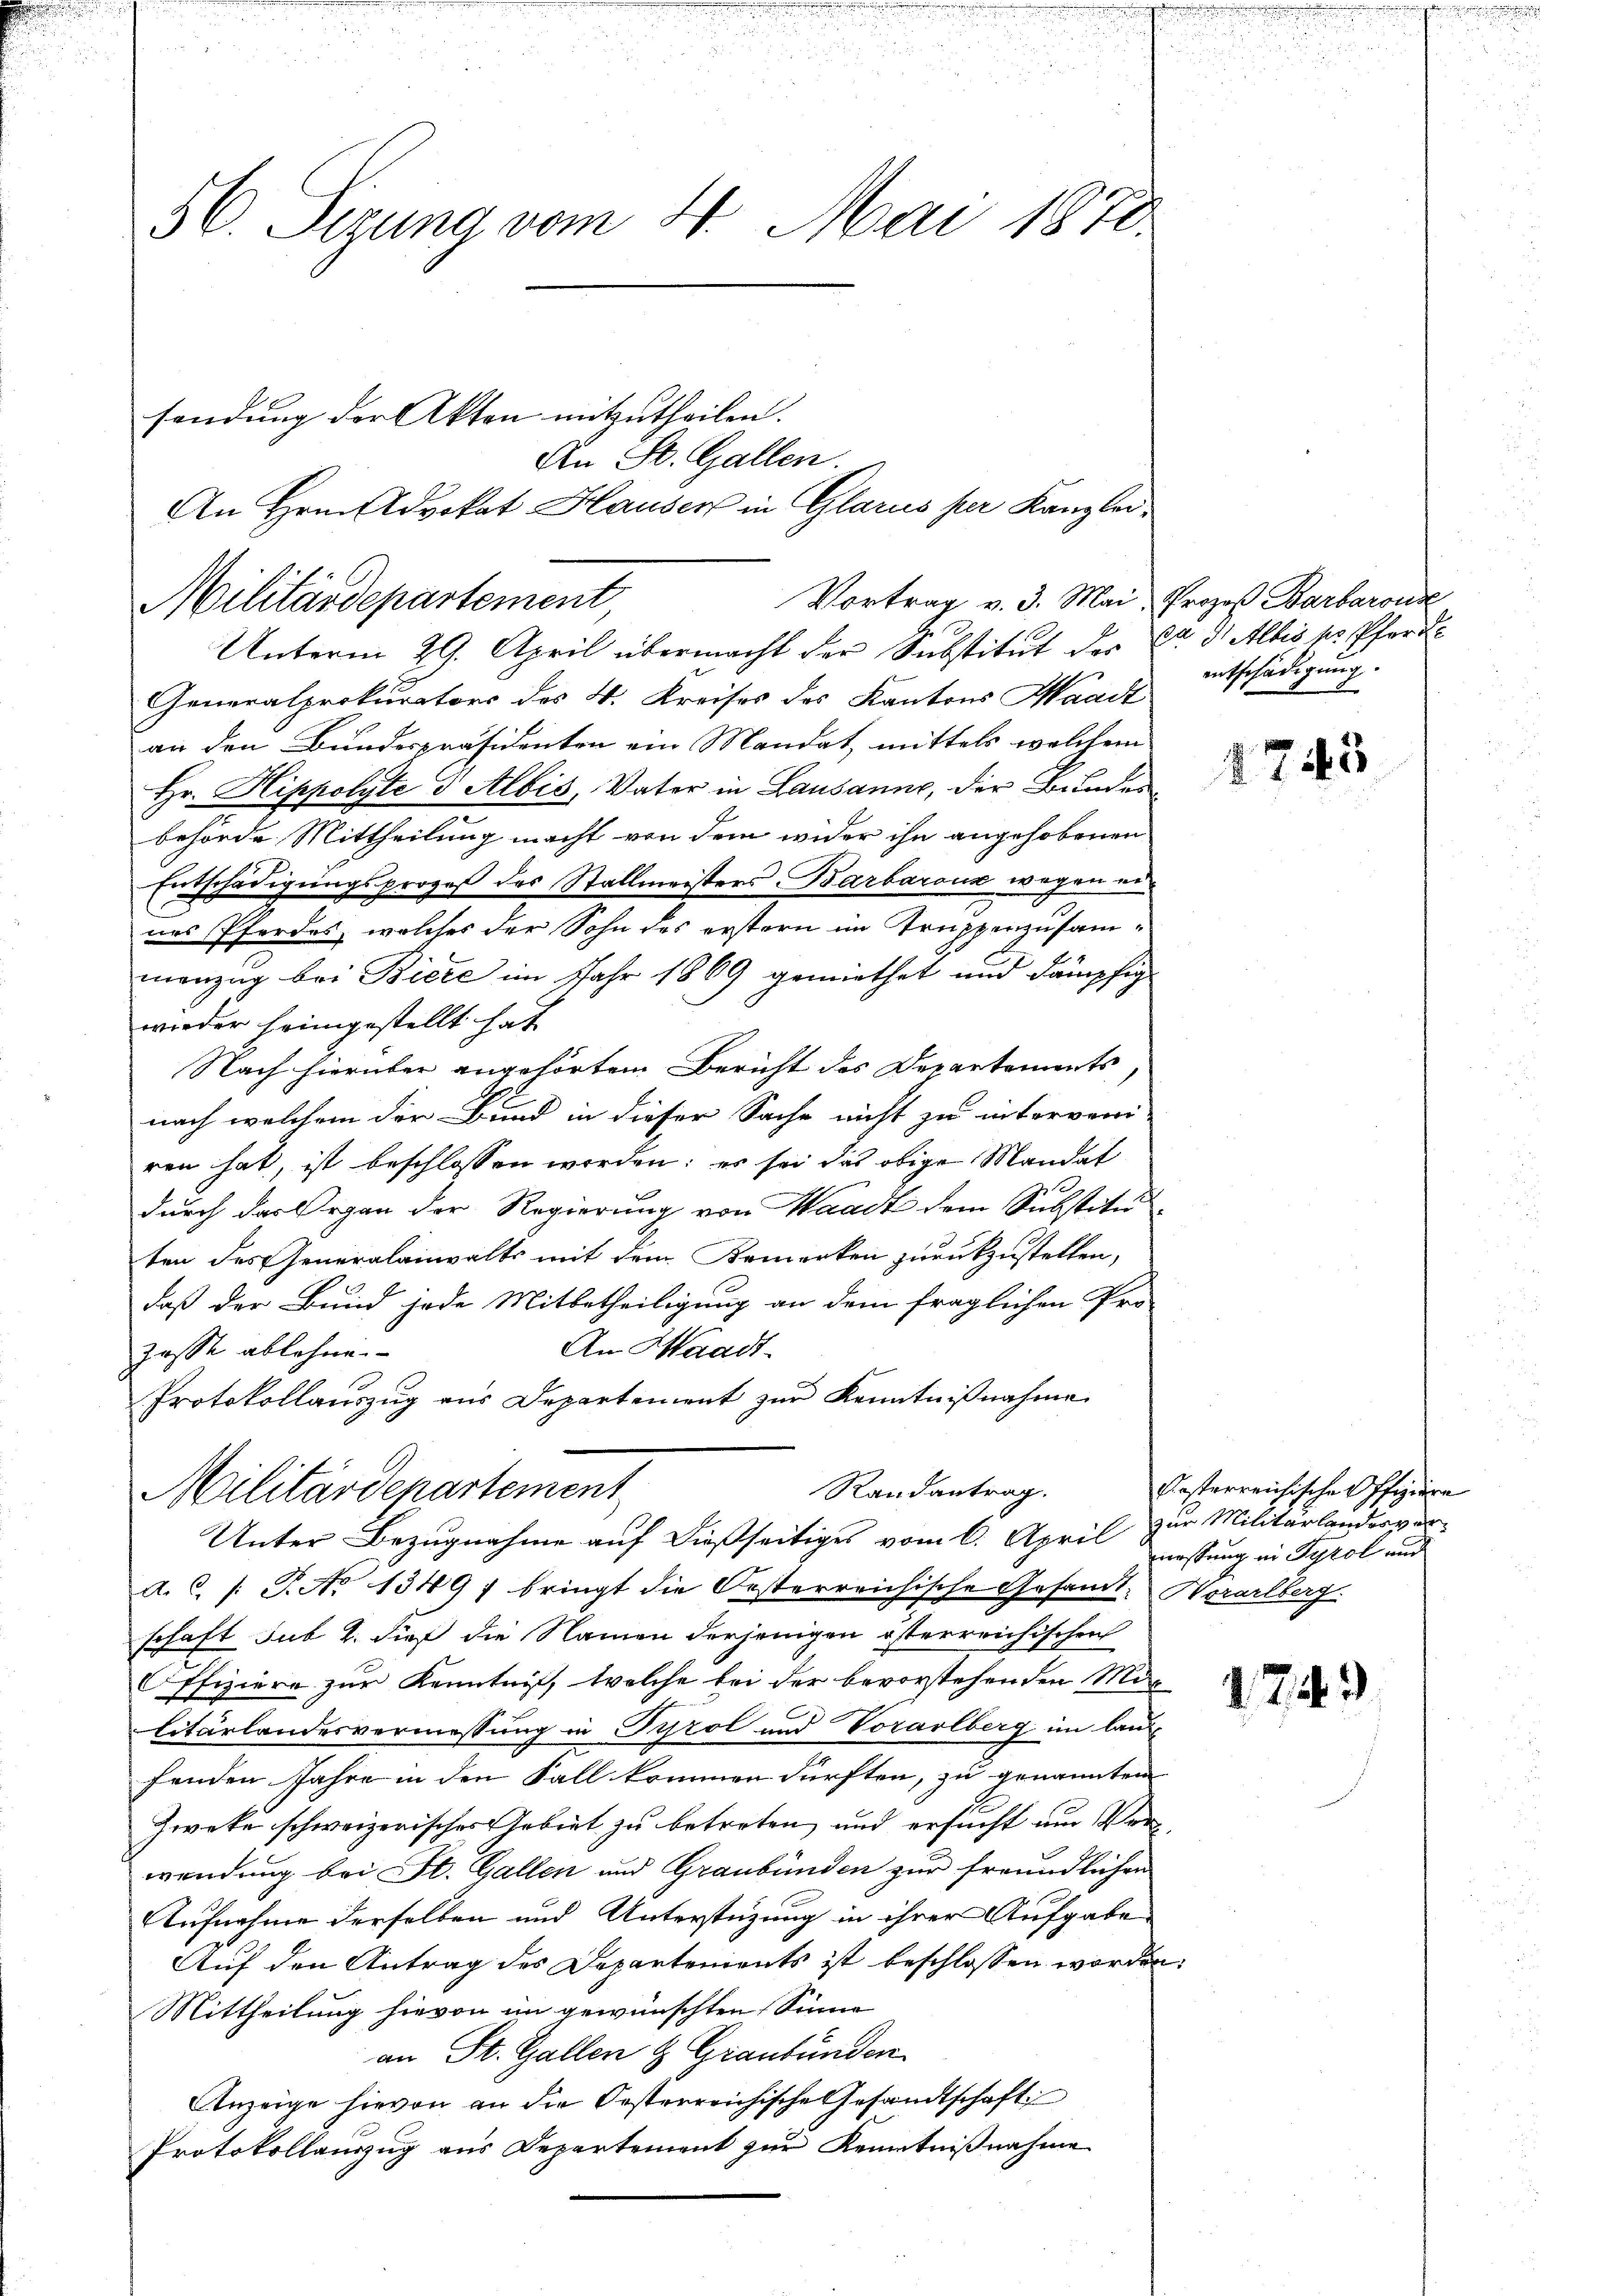
56. Sizung vom 4. Mai 1870.

Vortrag v. 3. Mai, Prozeß Barbarons
Militärdepartement,
Unterm 29. April übermacht der Substitut der Dr. d. Albis pr. Pfarr

sendung der Akten mitzutheilen.
An St. Gallen.
An Hrn. Advokat Hauser in Glarus per Kanzlei-

Generalprokurators des 4. Kreises des Kantons Waadt
an den Bundespräsidenten ein Mandat, mittels welchem
Hr. Hippolyte 3 Albis, Vater in Lausanne, der Bundesbehörde Mittheilung macht von dem wider ihn angehobenen
Entschädigungsprozeß des Stallmeisters Barbarouz wegen eines Pferdes, welches der Sohn des erstern im Truppenzusammanzig bei Biere im Jahr 1869 gemiethet und dämpfig
wieder heimgestellt hat
Nach hierüber angehörtem Bericht des Departements
nach welchem der Bund in dieser Sache nicht zu interveni-
ren hat, ist beschlossen worden; es sei das obige Mandat
durch das Organ der Regierung von Waadt dem Substitu
ten des eneralanwalts mit dem Bemerken zurückzustellen,
daß der Bund jede Mitbetheiligung an dem fraglichen Pro
An Waadt.
zasse ablehnen
Protokollauszug aus Departement zur Kenntnißnahme
Randantrag.
Militärdepartement
Unter Bezugnahme auf dießseitiges vom 6. April
A.C. /: P. No 13497 bringt die Oesterreichische Gesamt Horarlberg
schaft sub 2. dieß die Namen derjenigen österreichischen
Offiziere zur Kenntniß, welche bei der bevorstehenden Mag
Citurlandesvermessung in Pyrol und Vorarlberg im lauf
fenden Jahre in den Fall kommen dürften, zu genannten
Zweke schweizerisches Gebiet zu betreten, und ersucht nur Verwendung bei St. Gallen und Graubünden zur freundlichen
Aufnahme derselben und Unterstüzung in ihrer Aufgabe
Auf den Antrag des Departements ist beschlossen worden:
Mittheilung hievon im gewünschten Sinne
an St. Gallen & Graubünden
Anzeige hievon an die Oesterreichische Gesandtschaft
Protokollauszug aus Departement zur Kenntnißnahme

entschädigung.

1743

Festerreichische Offiziere
zur Militärlandesverwassung in Tyrol und

743)